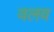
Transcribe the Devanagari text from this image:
वलव